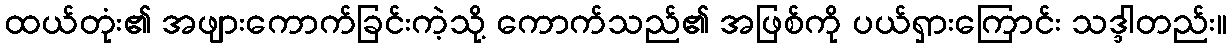
ထယ်တုံး၏ အဖျားကောက်ခြင်းကဲ့သို့ ကောက်သည်၏ အဖြစ်ကို ပယ်ရှားကြောင်း သဒ္ဒါတည်း။